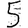
Digit: 5